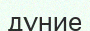
дұние